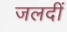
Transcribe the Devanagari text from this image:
जलदीं